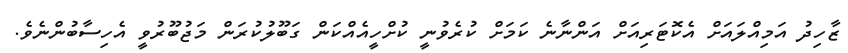
ޒާހިދު އަމިއްލައަށް އެކޮޓަރިއަށް އަންނާނެ ކަމަށް ކުރެވުނީ ކުށްހީއެއްކަން ގަބޫލުކުރަން މަޖުބޫރުވީ އެހިސާބުންނެވެ.